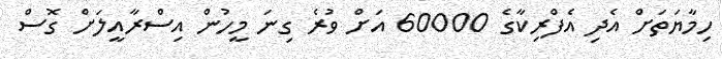
ހިމާޔަތަށް އެދި އެފްރިކާގެ 60000 އަށް ވުރެ ގިނަ މީހުން އިސްރާއީލަށް ގޮސް